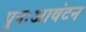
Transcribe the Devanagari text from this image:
पुनःआवंटन